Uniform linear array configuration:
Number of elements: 48
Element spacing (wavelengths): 1
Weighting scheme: cosine
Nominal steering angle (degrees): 15
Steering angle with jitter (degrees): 16.009
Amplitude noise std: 0.05
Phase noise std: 0.05

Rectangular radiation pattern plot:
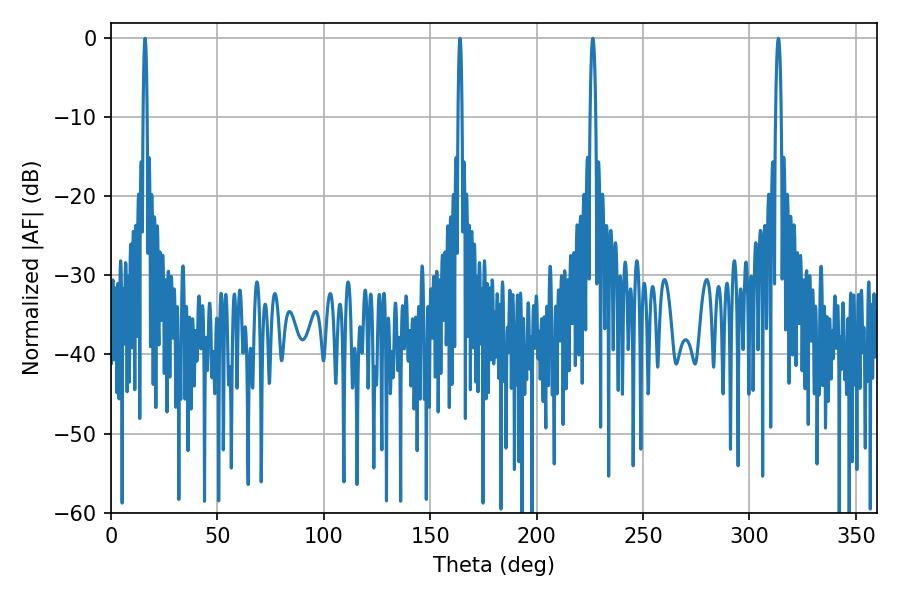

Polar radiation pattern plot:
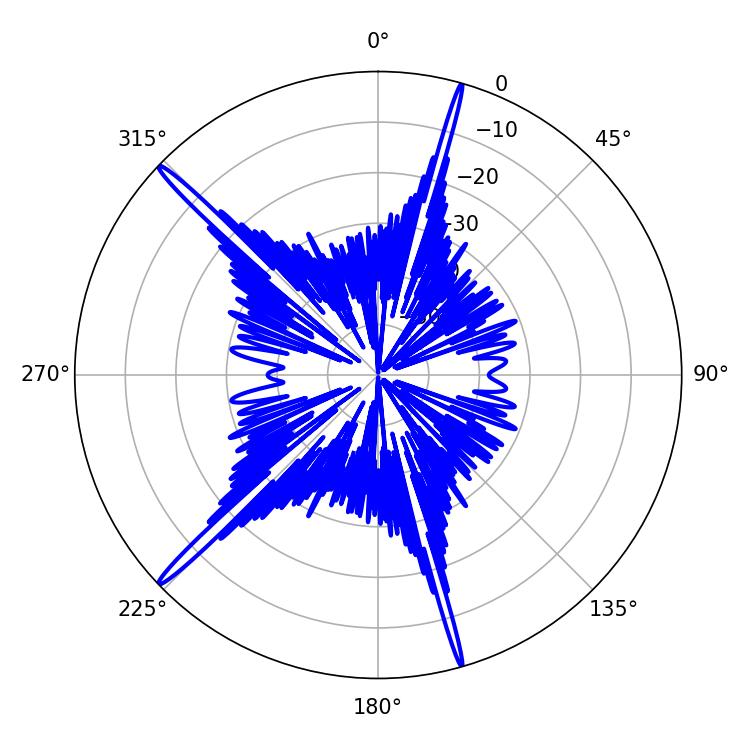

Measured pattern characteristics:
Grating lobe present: TRUE
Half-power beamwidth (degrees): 1.08
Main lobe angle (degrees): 16.02